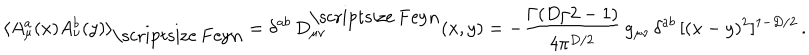
\langle A _ { \mu } ^ { a } ( x ) A _ { \nu } ^ { b } ( y ) \rangle _ { \mathrm { \scriptsize ~ F e y n } } = \delta ^ { a b } \, D _ { \mu \nu } ^ { \mathrm { \scriptsize ~ F e y n } } ( x , y ) = - { \frac { \Gamma ( D / 2 - 1 ) } { 4 \pi ^ { D / 2 } } } \, g _ { \mu \nu } \, \delta ^ { a b } \, [ ( x - y ) ^ { 2 } ] ^ { 1 - D / 2 } \, .